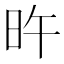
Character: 旿